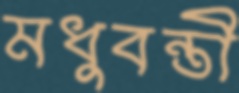
মধুবন্তী